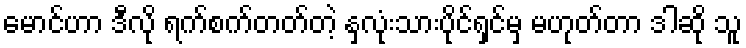
မောင်ဟာ ဒီလို ရက်စက်တတ်တဲ့ နှလုံးသားပိုင်ရှင်မှ မဟုတ်တာ ဒါဆို သူ